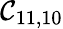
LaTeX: \mathcal{C}_{11,10}